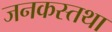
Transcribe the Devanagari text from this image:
जनकस्तथा